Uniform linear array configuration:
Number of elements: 8
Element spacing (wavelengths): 1
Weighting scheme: cosine
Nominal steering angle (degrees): -60
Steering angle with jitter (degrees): -59.478
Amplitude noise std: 0.05
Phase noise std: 0.05

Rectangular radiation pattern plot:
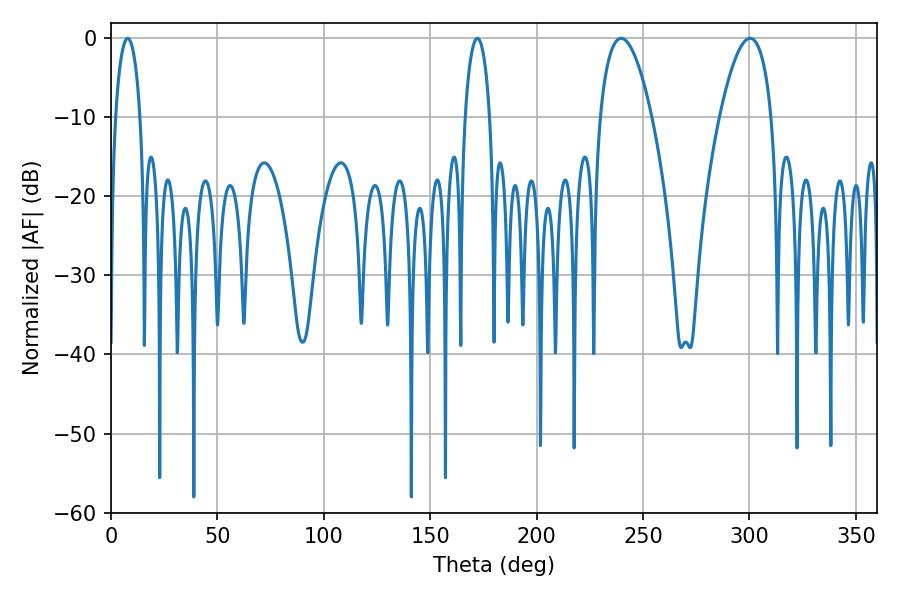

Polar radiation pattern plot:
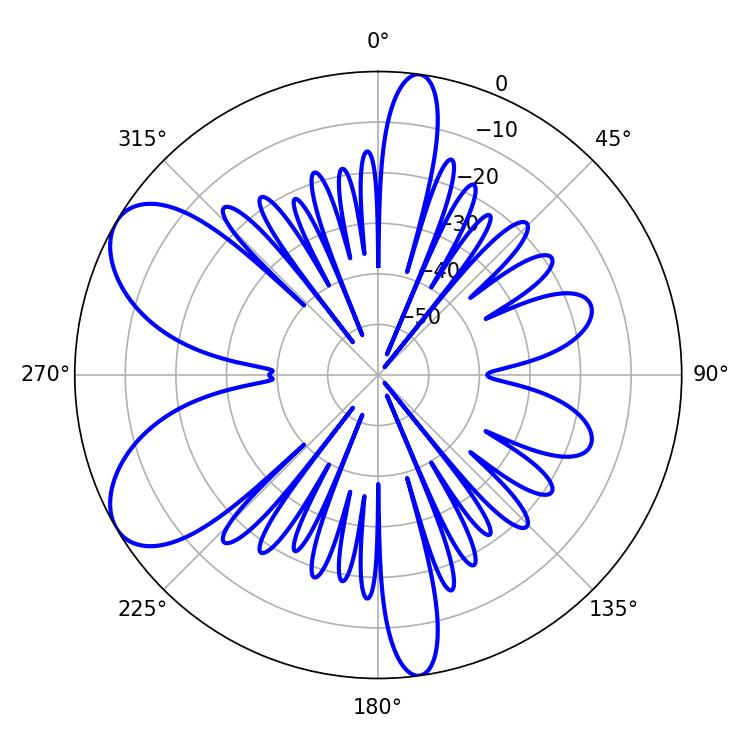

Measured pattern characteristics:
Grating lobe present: TRUE
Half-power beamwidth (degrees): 13.5
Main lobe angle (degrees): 239.76